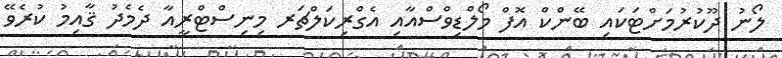
ލޯނު ދޫކުރުމަށްޓަކައި ބޭންކް އޮފް މޯލްޑިވްސްއާއި އެގްރިކަލްޗަރ މިނިސްޓްރީއާ ދެމެދު ޤާއިމު ކުރެވޭ